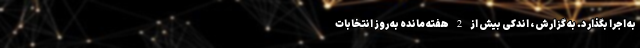
به اجرا بگذارد. به گزارش ، اندکی بیش از 2 هفته مانده به روز انتخابات